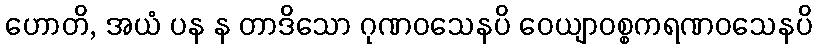
ဟောတိ, အယံ ပန န တာဒိသော ဂုဏဝသေနပိ ဝေယျာဝစ္စကရဏဝသေနပိ